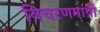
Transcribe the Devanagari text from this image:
विचरणमापी